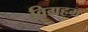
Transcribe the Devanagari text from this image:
विग्रहम